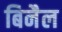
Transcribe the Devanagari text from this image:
बिनैल